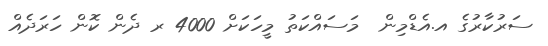
ސަރުކާރުގެ އ.އެޑްމިން  މަސައްކަތު މީހަކަށް 4000 ރ ދެން ކޮން ހަރަދެއް